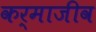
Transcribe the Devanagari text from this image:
कर्माजीव